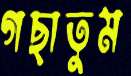
গছাতুম